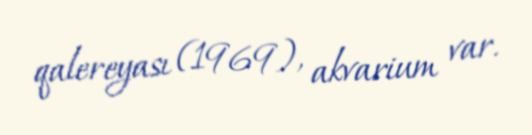
qalereyası (1969), akvarium var.